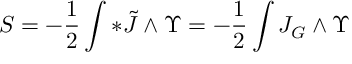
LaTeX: S = - \frac { 1 } { 2 } \int * \tilde { J } \wedge \Upsilon = - \frac { 1 } { 2 } \int J _ { G } \wedge \Upsilon